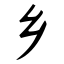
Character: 乡